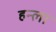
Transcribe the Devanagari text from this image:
हन्ला